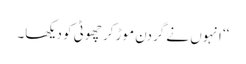
‘‘ انہوں نے گردن موڑ کر چھوٹی کو دیکھا۔